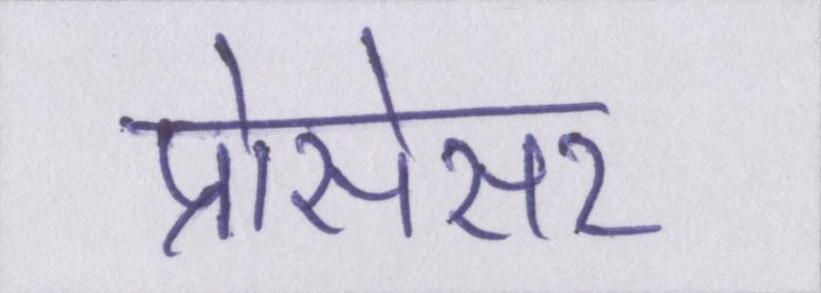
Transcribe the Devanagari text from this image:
प्रोसेसर